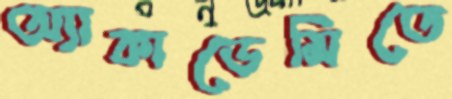
অ্যাকাডেমিতে